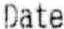
DATE